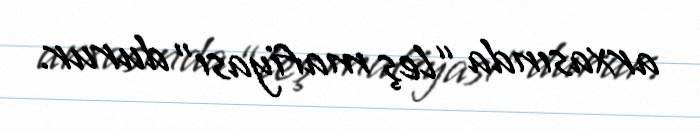
arxasında “leş mafiyası” durur.